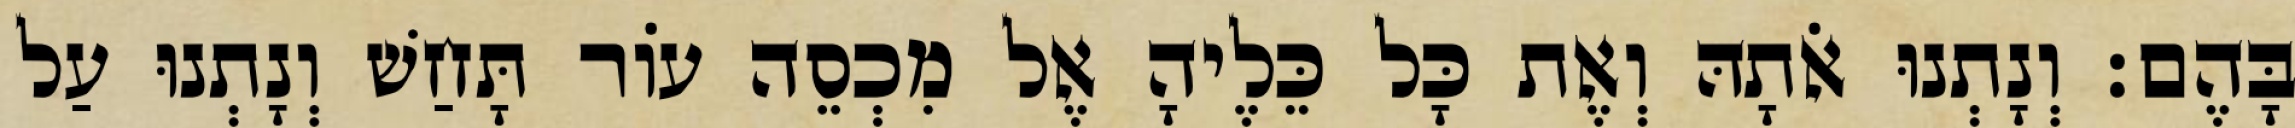
בָּהֶם׃ וְנָתְנוּ אֹתָהּ וְאֶת כָּל כֵּלֶיהָ אֶל מִכְסֵה עוֹר תָּחַשׁ וְנָתְנוּ עַל